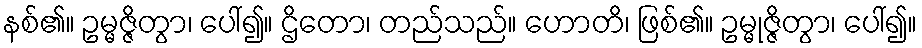
နစ်၏။ ဥမ္မဇ္ဇိတွာ၊ ပေါ်၍။ ဌိတော၊ တည်သည်။ ဟောတိ၊ ဖြစ်၏။ ဥမ္မုဇ္ဇိတွာ၊ ပေါ်၍။